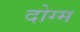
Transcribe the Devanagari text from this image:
दोग्म